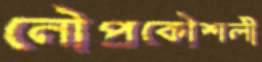
নৌপ্রকৌশলী